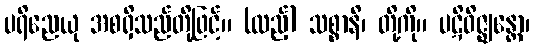
ပရိညေယု အစရှိသည်တို့ဖြင့်။ (ထည့်) သစ္စာနိ၊ တို့ကို။ ပဋိဝိဇ္ဈန္တော၊